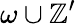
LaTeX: \omega\cup\mathbb{Z}^{\prime}